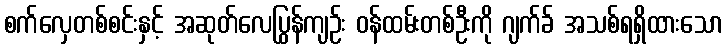
စက်လှေတစ်စင်းနှင့် အဆုတ်လေပြွန်ကျဉ်း ဝန်ထမ်းတစ်ဦးကို ဂျက်ခ် အသစ်ရရှိထားသော